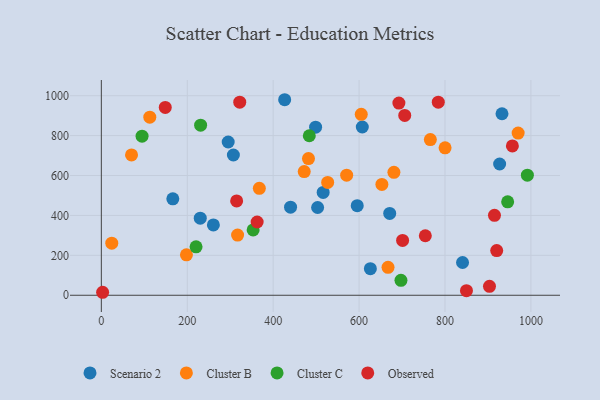
{"axis": {"x": "Experience", "y": "Sales"}, "legend": ["Cluster B", "Cluster C", "Observed", "Scenario 2"], "data": [{"x": "932.7", "y": 909.5, "type": "Scenario 2"}, {"x": "498.8", "y": 842.1, "type": "Scenario 2"}, {"x": "671.3", "y": 410.2, "type": "Scenario 2"}, {"x": "260.8", "y": 352.5, "type": "Scenario 2"}, {"x": "166.4", "y": 483.4, "type": "Scenario 2"}, {"x": "307.4", "y": 702.9, "type": "Scenario 2"}, {"x": "607.5", "y": 843.3, "type": "Scenario 2"}, {"x": "230.3", "y": 386.1, "type": "Scenario 2"}, {"x": "595.7", "y": 448.7, "type": "Scenario 2"}, {"x": "440.5", "y": 441.5, "type": "Scenario 2"}, {"x": "426.8", "y": 979.9, "type": "Scenario 2"}, {"x": "927.2", "y": 657.7, "type": "Scenario 2"}, {"x": "295.3", "y": 768.0, "type": "Scenario 2"}, {"x": "516.4", "y": 515.5, "type": "Scenario 2"}, {"x": "626.3", "y": 133.4, "type": "Scenario 2"}, {"x": "503.5", "y": 439.8, "type": "Scenario 2"}, {"x": "840.9", "y": 164.1, "type": "Scenario 2"}, {"x": "526.9", "y": 565.6, "type": "Cluster B"}, {"x": "24.3", "y": 260.9, "type": "Cluster B"}, {"x": "667.4", "y": 139.8, "type": "Cluster B"}, {"x": "970.3", "y": 812.8, "type": "Cluster B"}, {"x": "70.3", "y": 703.2, "type": "Cluster B"}, {"x": "800.2", "y": 738.7, "type": "Cluster B"}, {"x": "482.2", "y": 685.0, "type": "Cluster B"}, {"x": "112.8", "y": 892.3, "type": "Cluster B"}, {"x": "472.3", "y": 619.9, "type": "Cluster B"}, {"x": "198.1", "y": 202.4, "type": "Cluster B"}, {"x": "367.8", "y": 536.1, "type": "Cluster B"}, {"x": "317.2", "y": 301.7, "type": "Cluster B"}, {"x": "681.1", "y": 616.1, "type": "Cluster B"}, {"x": "653.1", "y": 555.6, "type": "Cluster B"}, {"x": "605.1", "y": 906.9, "type": "Cluster B"}, {"x": "571.1", "y": 601.9, "type": "Cluster B"}, {"x": "765.9", "y": 780.1, "type": "Cluster B"}, {"x": "353.4", "y": 327.4, "type": "Cluster C"}, {"x": "220.5", "y": 242.5, "type": "Cluster C"}, {"x": "484.1", "y": 799.3, "type": "Cluster C"}, {"x": "94.8", "y": 797.0, "type": "Cluster C"}, {"x": "991.8", "y": 601.6, "type": "Cluster C"}, {"x": "231.1", "y": 852.5, "type": "Cluster C"}, {"x": "945.9", "y": 468.1, "type": "Cluster C"}, {"x": "697.5", "y": 74.9, "type": "Cluster C"}, {"x": "784.4", "y": 967.5, "type": "Observed"}, {"x": "920.4", "y": 224.1, "type": "Observed"}, {"x": "362.7", "y": 367.2, "type": "Observed"}, {"x": "322.2", "y": 967.7, "type": "Observed"}, {"x": "701.3", "y": 274.8, "type": "Observed"}, {"x": "315.0", "y": 472.8, "type": "Observed"}, {"x": "3.0", "y": 14.9, "type": "Observed"}, {"x": "706.3", "y": 901.2, "type": "Observed"}, {"x": "903.6", "y": 44.8, "type": "Observed"}, {"x": "692.7", "y": 963.3, "type": "Observed"}, {"x": "915.2", "y": 400.5, "type": "Observed"}, {"x": "148.8", "y": 941.5, "type": "Observed"}, {"x": "850.0", "y": 23.1, "type": "Observed"}, {"x": "956.9", "y": 748.2, "type": "Observed"}, {"x": "754.2", "y": 298.2, "type": "Observed"}]}